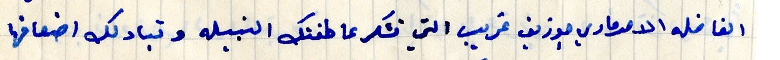
الفاضله الام ماري جوزيف غريب التي تشكر عاطفتك النبيله وتبادلك اضعافها